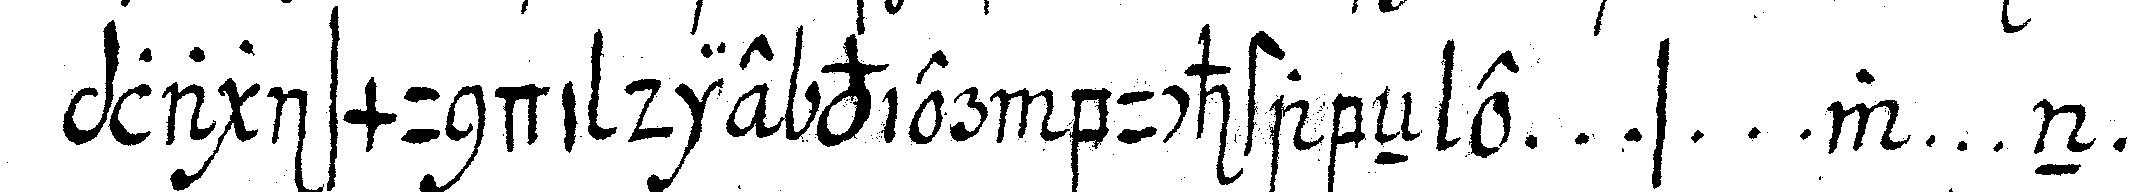
plagismundi die vier buchstabeN e ... s ... w ... n ...